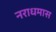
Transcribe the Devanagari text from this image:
नराधमास